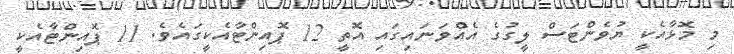
މި މޮޅާއެކީ ޔުވެންޓަސް ލީގުގެ އެއްވަނައިގައި އޮތީ 12 ޕޮއިންޓާއެކީގައެވެ. 11 ޕޮއިންޓާއެކީ